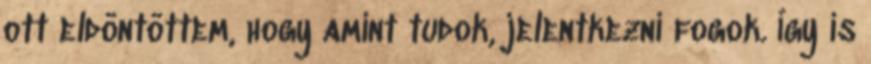
ott eldöntöttem, hogy amint tudok, jelentkezni fogok. Így is